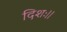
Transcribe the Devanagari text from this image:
दिशः।।